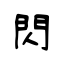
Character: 閃